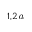
^ { 1 , 2 } \footnote { C o r r e s p o n d i n g a u t h o r . E l e c t r o n i c a d d r e s s : h u g o . c h r i s t i a n s e n @ i f c e . e d u . b r }